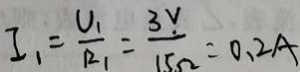
I _ { 1 } = \frac { U _ { 1 } } { R _ { 1 } } = \frac { 3 v } { 1 5 \Omega } = 0 . 2 A